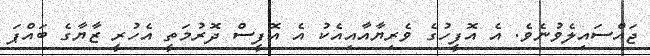
ޖައްސައިލެވުނެވެ. އެ އޮފީހުގެ ވެރިޔާއާއިއެކު އެ އޮފީސް ދޮރުމަތީ އެހުރީ ޒާޔާގެ ބައްޕަ